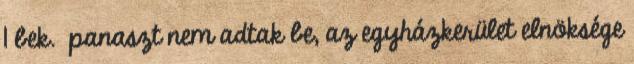
1 bek. panaszt nem adtak be, az egyházkerület elnöksége